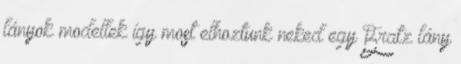
lányok modellek így most elhoztunk neked egy Bratz lány